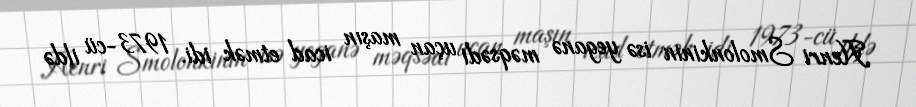
Henri Smolonkinin isə yeganə məqsədi uçan maşın icad etmək idi. 1973-cü ildə